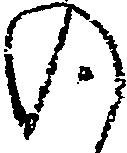
の